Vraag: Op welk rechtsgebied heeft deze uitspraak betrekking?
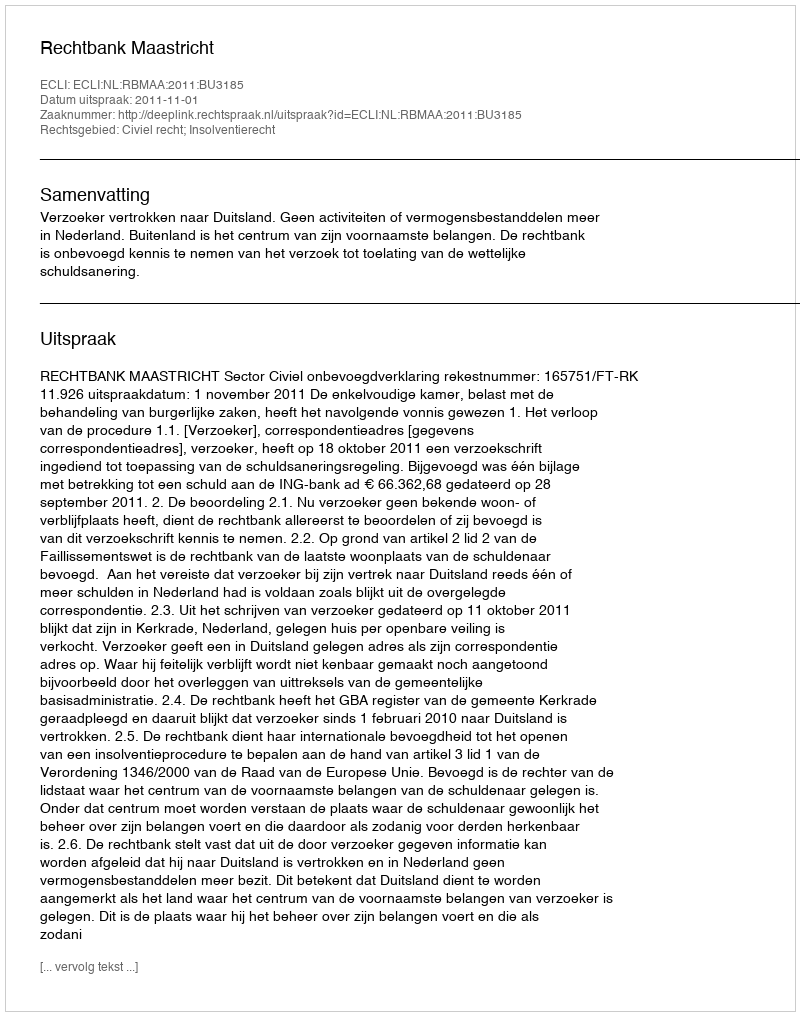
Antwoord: Civiel recht; Insolventierecht